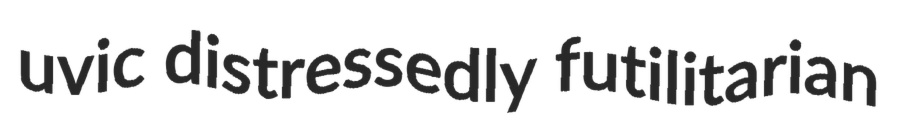
uvic distressedly futilitarian